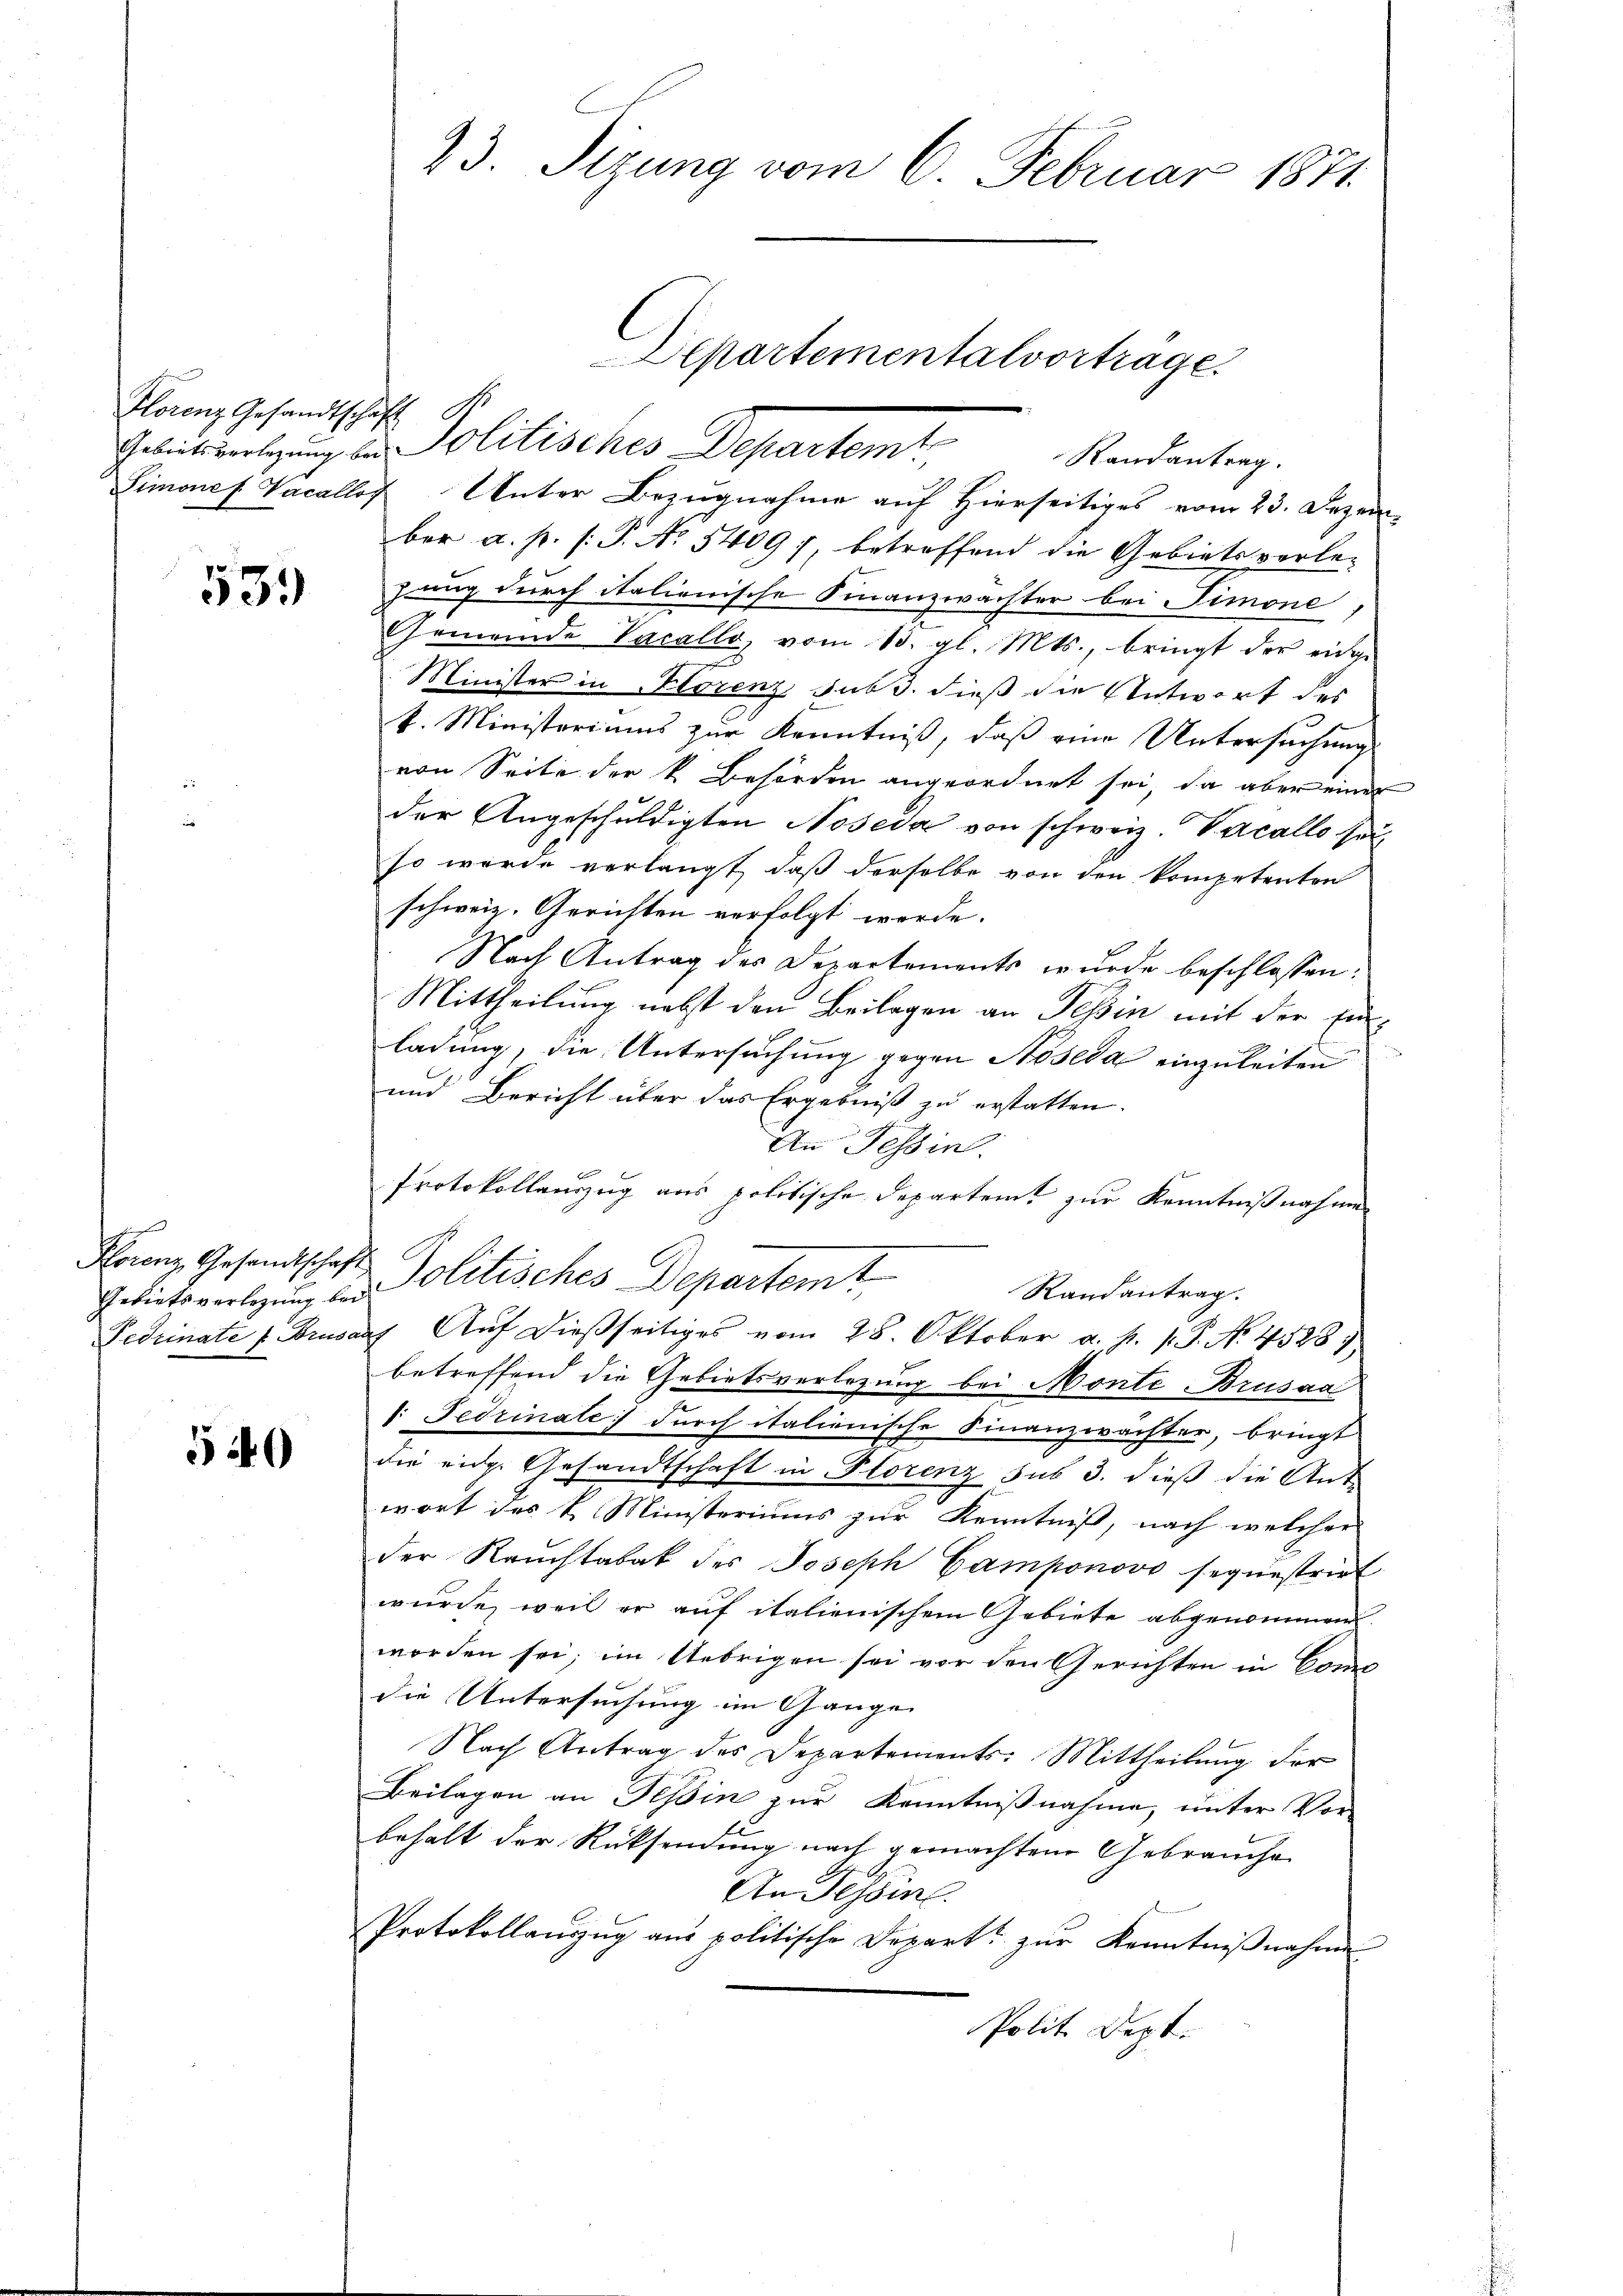
Florenz Gesandtschaft

539)

Gebietsverlegung bei

540

23. Sizung vom 6. Februar 1871

Geliebesverlegung der Politisches Departemt

Aepartementalvortrage.

Randantrag.

Simones Vacallof Unter Bezugnahme auf Hierseitiges vom 23. Dezem-
ber a. p. s: P. No 5409), betreffend die Gebiets vorlezung durch italienische Finanzwachter bei Simone,
Gemeinde Vacallo, vom 13. gl. Mts., bringt der einge
Minister in Florenz, sub. dieß die Antwort des
k. Ministeriums zur Kenntniß, daß eine Untersuchung
von Seite der k. Behörden angeordnet sei, da aber einer
der Angeschuldigten Noseda von schweiz. Vacallo sei
so wurde verlangt, daß derselbe von den kompetenten
schweiz. Gerichten verfolgt werde.
Nach Antrag des Departements wurde beschlossen:
Mittheilung nebst den Beilagen an Tessin mit der Einladung, die Untersuchung gegen Noseda einzuleiten
und Bericht über das Ergebniß zu erstatten.
An Tessin.
Protokollauszug aus politische Departeit zur Kenntnißnahme
Klons Gesandtschaft Politisches Departemt
Randantrag.
Fedrinate f. Brusauf Auf dießseitiges vom 28. Oktober a. p. 1. P. No. 4528)
betreffend die Gebietsverlegung bei Monte Brusaa
1. Ferinate durch italienische Finanzwächter, bringt
die eidg. Gesandtschaft in Florenz sub 3. dieß die Ant
wort des k. Ministeriums zur Kenntniß, nach welcher
der Rauchtabak des Joseph Camponovo sequestrirt
wurde, weil er auf italienischem Gebiete abgenommen.
worden sei; im Uebrigen sei vor den Gerichten in Camis
die Untersuchung im Gange |
Nach Antrag des Departements: Mittheilŭng der
Beilagen an Teßin zur Kenntnißnahme, unter Vor-
behalt der Rücksendung nach gemachten Gebrauche
An Tessin.
Protokollanzŭg ans politische Depart zŭr Kenntniβnahme
Polit Dept.